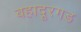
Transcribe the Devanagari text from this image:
बहादूरगड